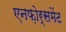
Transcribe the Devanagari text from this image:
एनफ़ोर्समेंट